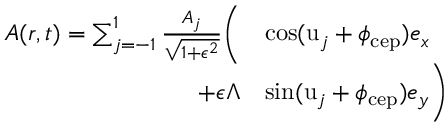
\begin{array} { r l } { \boldsymbol { A } ( \boldsymbol { r } , t ) = \sum _ { j = - 1 } ^ { 1 } \frac { A _ { j } } { \sqrt { 1 + \epsilon ^ { 2 } } } \biggl ( } & { \cos ( \mathrm { u } _ { j } + \phi _ { \mathrm { c e p } } ) \boldsymbol { e } _ { x } } \\ { + \epsilon \Lambda } & { \sin ( \mathrm { u } _ { j } + \phi _ { \mathrm { c e p } } ) \boldsymbol { e } _ { y } \biggr ) } \end{array}